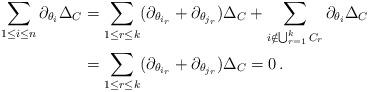
LaTeX: \begin{align*} \sum_{1\le i\le n} \partial_{\theta_i}\Delta_C&=\sum_{1\le r\le k} (\partial_{\theta_{i_r}}+\partial_{\theta_{j_r}})\Delta_C + \sum_{i\notin \bigcup_{r=1}^k C_r} \partial_{\theta_i}\Delta_C\\ &=\sum_{1\le r\le k} (\partial_{\theta_{i_r}}+\partial_{\theta_{j_r}})\Delta_C =0\,. \end{align*}